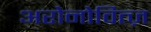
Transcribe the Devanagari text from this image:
अरोनोवित्ज़